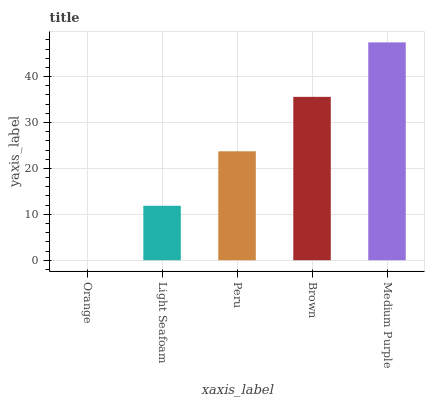
| xaxis_label | bars |
 | --- | --- |
 | Orange | 0 |
 | Light Seafoam | 11.9 |
 | Peru | 23.7 |
 | Brown | 35.6 |
 | Medium Purple | 47.5 |